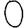
Digit: 0